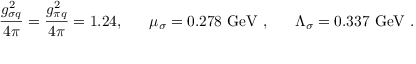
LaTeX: \frac { g _ { \sigma q } ^ { 2 } } { 4 \pi } = \frac { g _ { \pi q } ^ { 2 } } { 4 \pi } = 1 . 2 4 , ~ ~ ~ ~ ~ \mu _ { \sigma } = 0 . 2 7 8 \ \mathrm { G e V } \ , ~ ~ ~ ~ ~ \Lambda _ { \sigma } = 0 . 3 3 7 \ \mathrm { G e V } \ .